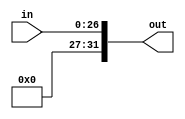
module ex_T(out, in);
    input [26:0] in;
    output [31:0] out;

    assign out[26:0] = in[26:0];
    assign out[31] = 0;
    assign out[30] = 0;
    assign out[29] = 0;
    assign out[28] = 0;
    assign out[27] = 0;

endmodule